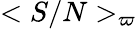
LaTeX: <S/N>_{\varpi}